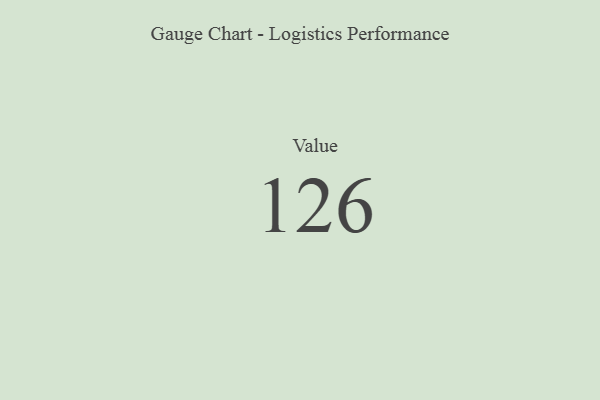
{"axis": {"x": "Metric", "y": "Value"}, "legend": [""], "data": [{"x": "Value", "y": 126, "type": ""}]}